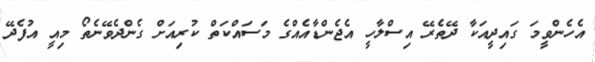
އެހެންވީމަ ގައިދީއަކާ ދޭތެރޭ އިސްލާހީ އެޖެންޑާއެއްގެ މަސައްކަތް ކުރިއަށް ގެންދެވޭނެތޯ މިއީ އުފެދޭ